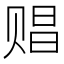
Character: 䞎